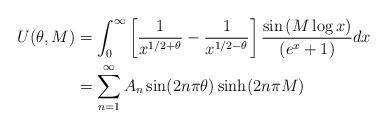
\begin{align*}\begin{aligned}U(\theta,M)&=\int_{0}^{\infty} \left[\frac{1}{x^{1/2+\theta}}-\frac{1}{x^{1/2-\theta}}\right]\frac{\sin\left(M\log x\right) }{\left(e^{x}+1\right)}dx\\&=\sum_{n=1}^{\infty}A_n \sin(2n\pi\theta)\sinh(2n\pi M)\end{aligned}\end{align*}